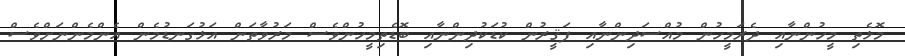
މޮޅެތި މީހުންނާއި ދެރަމީހުން މުއްސަދިންނާއި ފަޤީރުން ކުޑަކުދިންނާއި ބޮޑެތިމީހުންވެސް މަރުވާތަން އަޅުގަނޑުމެން އެންމެންނަށްވެސް